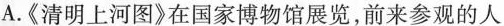
A.《清明上河图》在国家博物馆展览，前来参观的人